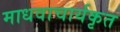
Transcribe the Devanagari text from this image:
माधवाचार्यकृत